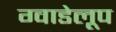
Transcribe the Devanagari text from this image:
ग्वाडेलूप